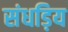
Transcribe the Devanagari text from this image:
संधड़िय